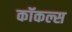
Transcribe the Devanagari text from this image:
कॉकल्स